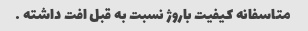
متاسفانه کیفیت باروژ نسبت به قبل افت داشته …